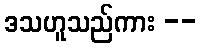
ဒသဟူသည်ကား --